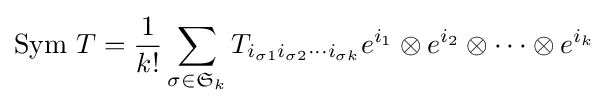
\operatorname {Sym} \,T={\frac {1}{k!}}\sum _{\sigma \in {\mathfrak {S}}_{k}}T_{i_{\sigma 1}i_{\sigma 2}\cdots i_{\sigma k}}e^{i_{1}}\otimes e^{i_{2}}\otimes \cdots \otimes e^{i_{k}}